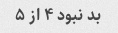
بد نبود ۴ از ۵